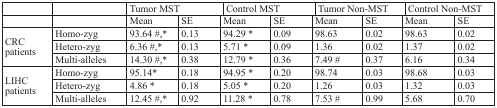
<table><thead><tr><td></td><td></td><td colspan="3"><b>Tumor MST</b></td><td colspan="3"><b>Control MST</b></td><td colspan="3"><b>Tumor Non-MST</b></td><td colspan="2"><b>Control Non-MST</b></td></tr><tr><td></td><td></td><td><b>Mean</b></td><td><b>SE</b></td><td colspan="2"><b>Mean</b></td><td><b>SE</b></td><td colspan="2"><b>Mean</b></td><td><b>SE</b></td><td colspan="2"><b>Mean</b></td><td><b>SE</b></td></tr></thead><tbody><tr><td rowspan="3">CRCpatients</td><td>Homo-zyg</td><td>93.64 #,*</td><td>0.13</td><td colspan="2">94.29 *</td><td>0.09</td><td colspan="2">98.63</td><td>0.02</td><td colspan="2">98.63</td><td>0.02</td></tr><tr><td>Hetero-zyg</td><td>6.36 #,*</td><td>0.13</td><td colspan="2">5.71 *</td><td>0.09</td><td colspan="2">1.36</td><td>0.02</td><td colspan="2">1.37</td><td>0.02</td></tr><tr><td>Multi-alleles</td><td>14.30 #,*</td><td>0.38</td><td colspan="2">12.79 *</td><td>0.36</td><td colspan="2">7.49 #</td><td>0.37</td><td colspan="2">6.16</td><td>0.34</td></tr><tr><td rowspan="3">LIHC patients</td><td>Homo-zyg</td><td>95.14*</td><td>0.18</td><td colspan="2">94.95 *</td><td>0.20</td><td colspan="2">98.74</td><td>0.03</td><td colspan="2">98.68</td><td>0.03</td></tr><tr><td>Hetero-zyg</td><td>4.86 *</td><td>0.18</td><td colspan="2">5.05 *</td><td>0.20</td><td colspan="2">1.26</td><td>0.03</td><td colspan="2">1.32</td><td>0.03</td></tr><tr><td>Multi-alleles</td><td>12.45 #,*</td><td>0.92</td><td colspan="2">11.28 *</td><td>0.78</td><td colspan="2">7.53 #</td><td>0.99</td><td colspan="2">5.68</td><td>0.70</td></tr></tbody></table>